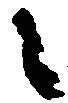
々